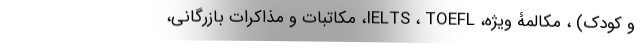
و کودک) ، مکالمۀ ویژه، IELTS ، TOEFL، مکاتبات و مذاکرات بازرگانی،